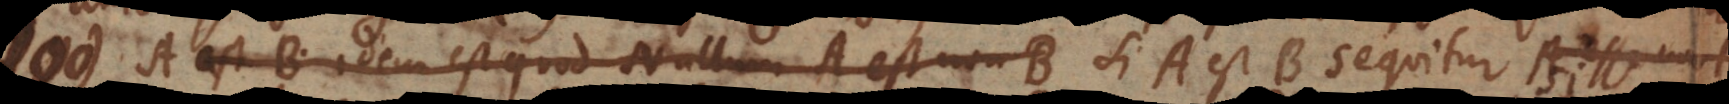
A est B idem est quod Nullum A est non-B A est B, sequitur A non